Tezpur Lunatic Asylum reports 1877-1894 - 1877-1894
Year: 1877
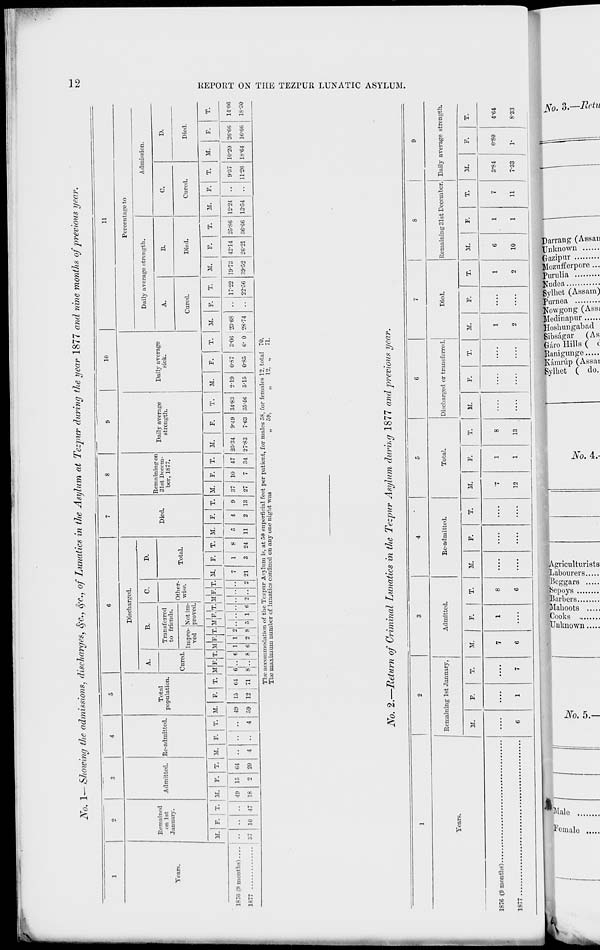
No. I—Stowing the admissions, discharges, fyc, fyc., of Lunatics in the Asijhim at Tezpur during the year 1877 and nine months of previous year.
to
1
2
3
4
5
C
7
8
9
10
11
Remained
on 1st
January.
Admitted. Re-admitted.
Total
population.
Discharged.
Died.
Rcmniningon
31st Decem-
ber, 1877.
Daily average
strength.
Daily average
sick.
Percentage to
A.
B.
c.
D.
Daily average strength.
Admission.
Years.
Cured.
Transferred
to friends.
Other-
wise.
Total.
A.
B.
C.
D.
Impro- 'Not im-
ved proved.
Cured.
Died.
Cured.
Died.
M. I F.
1
T. M. F. T. M. F. T. M. F. T. MR T. M F. T.MF.T.MF.
1 1 1 1 1
T. M. F. T. M. F. T. M. F. T.
M.
F.
T.
M.
F.
T.
M.
F.
T. ' M.
F.
T.
M.
F.
T. j M.
F.
T.
1876 (9 months)....
1877
37 10 47
49
18
15
o
C4
20
4
|
4
49
59
15 64
12 71
6.6
8'.. 8
1 1
6 2 8 5
! 1
1 6 2 .. 2
7
21
1
3
8
24
5
11
4
9
2 13
37
27
10
7
47
34
25-34
27-83
9-49
7-63
34-83
35-46
219
5-15
0-87
0-85
3-06 ,23-68
6- 0 28-74
|
• •
17-22
22-56
19-73
:!9-52
42-14
26-21
25-86
36-66
12-24
13-54
•• 9-37
11-26
10-20
18-64
26-66
16-66
14-06
18-30
The accommodation of the Tezpur Asylum is, at 50 superficial feet per patient, for males 58, for females 12, total 70.
The maximum number of lunatics confined on any one night was
„ 09,
„
12, „
71.
O
H
O
tei
N
No. 2.—Return of Criminal Lunatics in the Tezpur Asylum during 1877 and previous year.
1
2
3
4
5
6
7
8
9
Years.
Remaining 1st January,
Admitted.
Re-admitted.
Total.
Discharged or transferred.
Died.
Remaining 31st December. Daily average strength.
M.
F.
T.
31.
F.
T.
M.
F.
T.
M.
F.
T.
M.
F.
T.
31.
F.
T.
M.
F.
T.
Iff.
F.
T.
6
1
7
7
6
1
8
6
....
....
'7
12
1
1
8
13
....
....
1
2
1
2
6
10
1
1
7
11
3-84
7-33
0-80
1-
4-64
8-33
1877
a a ^ tc ¥* ~i t-» >
C,n
?r £. E^ ZL^z m <=r 2.
/.'
00
>° J
a- • ^
•£ £ :
> ^: ST
co
fej
>-(
O
►
CO
d